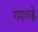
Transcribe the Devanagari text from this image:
गए।पह्ले